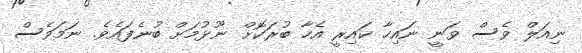
ނިއަލް ވެސް ވަނީ ނައިހާ ކައިރީ އެހާ ބުރަކޮށް ނޫޅުމަށް ބުނެފައެވެ. ނަމަވެސް